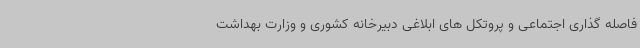
فاصله گذاری اجتماعی و پروتکل های ابلاغی دبیرخانه کشوری و وزارت بهداشت